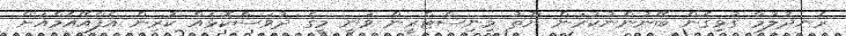
ރެނދުލުމާ ގުޅިގެން ބޭނުންނުކުރަން ޔޫތު މިނިސްޓްރީން ވަނީ މީގެ ދުވަސްކޮޅެއް ކުރިން އެފްއޭއެމްއަށް